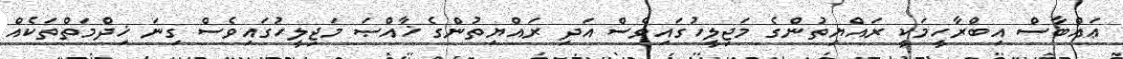
ޢައްބާސް އިބްރާހީމަކީ ރައްޔިތުންގެ މަޖިލީހުގައިވެސް އަދި ރައްޔިތުންގެ ޚާއްޞަ މަޖިލީހުގައިވެސް ގިނަ ޚިދްމަތްތަކެއް